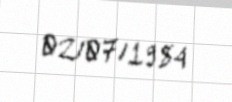
02/07/1984